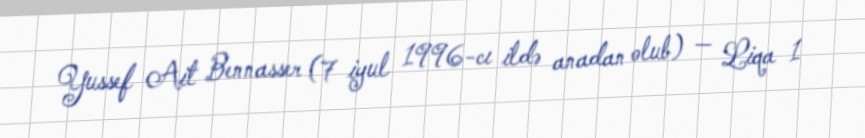
Yussef Ait Bennasser (7 iyul 1996-cı ildə anadan olub) — Liqa 1